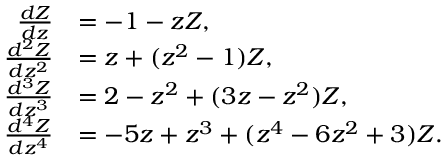
\begin{array} { r l } { \frac { d Z } { d z } } & { = - 1 - z Z , } \\ { \frac { d ^ { 2 } Z } { d z ^ { 2 } } } & { = z + ( z ^ { 2 } - 1 ) Z , } \\ { \frac { d ^ { 3 } Z } { d z ^ { 3 } } } & { = 2 - z ^ { 2 } + ( 3 z - z ^ { 2 } ) Z , } \\ { \frac { d ^ { 4 } Z } { d z ^ { 4 } } } & { = - 5 z + z ^ { 3 } + ( z ^ { 4 } - 6 z ^ { 2 } + 3 ) Z . } \end{array}